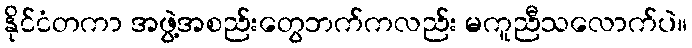
နိုင်ငံတကာ အဖွဲ့အစည်းတွေဘက်ကလည်း မကူညီသလောက်ပဲ။